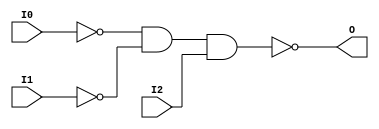
module NAND3B2 (O, I0, I1, I2);

    output O;

    input  I0, I1, I2;

    wire i0_inv;
    wire i1_inv;

    not N1 (i1_inv, I1);
    not N0 (i0_inv, I0);
    nand A1 (O, i0_inv, i1_inv, I2);


endmodule